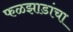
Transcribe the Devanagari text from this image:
फळझाडांचा